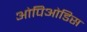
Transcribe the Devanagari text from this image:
ओपिओडिस